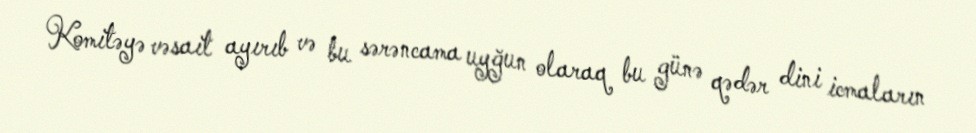
Komitəyə vəsait ayırıb və bu sərəncama uyğun olaraq bu günə qədər dini icmaların